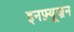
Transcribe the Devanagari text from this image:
इनफ़्यूज़न